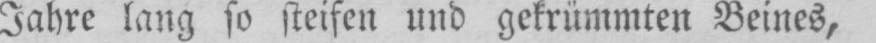
Jahre lang so steifen und gekrümmten Beines,